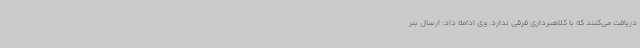
دریافت می‌کنند که با کلاهبرداری فرقی ندارد. وی ادامه داد: ارسال بنر